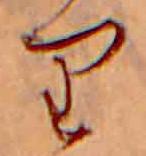
り